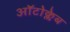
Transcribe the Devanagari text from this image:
ऑटोक्लेब